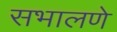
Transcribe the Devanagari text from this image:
सभालणे